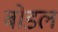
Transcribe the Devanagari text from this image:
बोडल